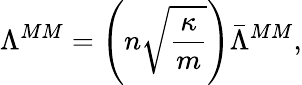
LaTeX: \Lambda^{MM}=\left(n\sqrt{\frac{\kappa}{m}}\right)\bar{\Lambda}^{MM},